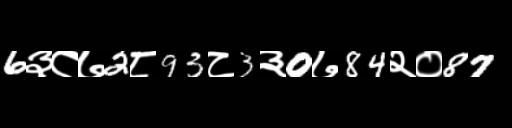
Text: 6३८७2८93८3३0७84२०87